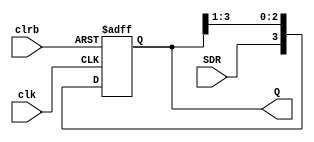
module Rshiftregister(input clk,clrb,SDR,output reg[3:0]Q);
    always @ (posedge(clk),negedge(clrb))
    if(~clrb)
        Q<=4'b0000;
    else
        Q<={SDR,Q[3:1]};
endmodule
module test_Rshiftregister;
    reg clk,clrb,SDR;
    wire [3:0]Q;
    Rshiftregister RS(clk,clrb,SDR,Q);
    initial clk =1'b0;
    always #10 clk=~clk;
    initial
    begin
            $dumpfile("test_ShReg.vcd");
            $dumpvars(0,test_Rshiftregister);
            clrb=0;
            SDR=1;
                #20;
            clrb=1;
            SDR=1;
                #20;
            SDR=0;
                #20;
            SDR=1;
                #20;
            SDR=0;
                #20;
            clrb=0;
                #20;    
            $finish;
    end
endmodule